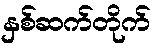
နှစ်ဆက်တိုက်